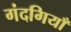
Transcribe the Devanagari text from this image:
गंदगियाँ